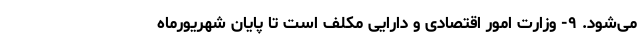
می‌شود. ۹- وزارت امور اقتصادی و دارایی مکلف است تا پایان شهریورماه